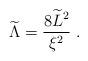
LaTeX: \begin{align*} {\widetilde \Lambda}={8{\widetilde L}^2\over\xi^2}~.\end{align*}